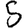
Digit: 5